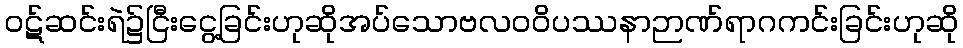
ဝဋ်ဆင်းရဲ၌ငြီးငွေ့ခြင်းဟုဆိုအပ်သောဗလဝဝိပဿနာဉာဏ်ရာဂကင်းခြင်းဟုဆို